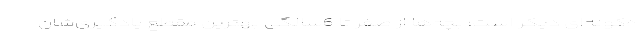
ه‌گونه‌ای دیگر است؛ بچه‌ها از صفر تا 6سالگی بهترین مقطع یادگیری‌شان